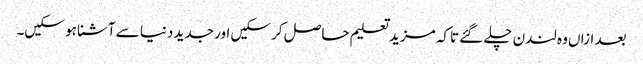
بعد ازاں وہ لندن چلے گئے تاکہ مزید تعلیم حاصل کر سکیں اور جدید دنیا سے آشنا ہو سکیں۔